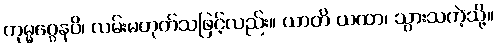
ကုမ္မဂ္ဂေနပိ၊ လမ်းမဟုတ်သဖြင့်လည်း။ ယာတိ ယထာ၊ သွားသကဲ့သို့။